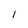
Character: I